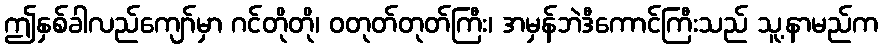
ဤနှစ်ခါလည်ကျော်မှာ ဂင်တိုတို၊ ဝတုတ်တုတ်ကြီး၊ အမှန်ဘဲဒီကောင်ကြီးသည် သူ့နာမည်က